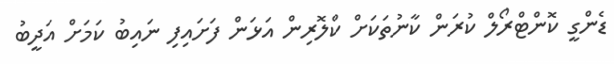
ޑެންގީ ކޮންޓްރޯލް ކުރަން ކާނުތަކަށް ކްލޮރިން އަޅަން ފަށައިފި ނައިބު ކަމަށް އަދީބު